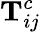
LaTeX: \textbf{T}_{ij}^{c}